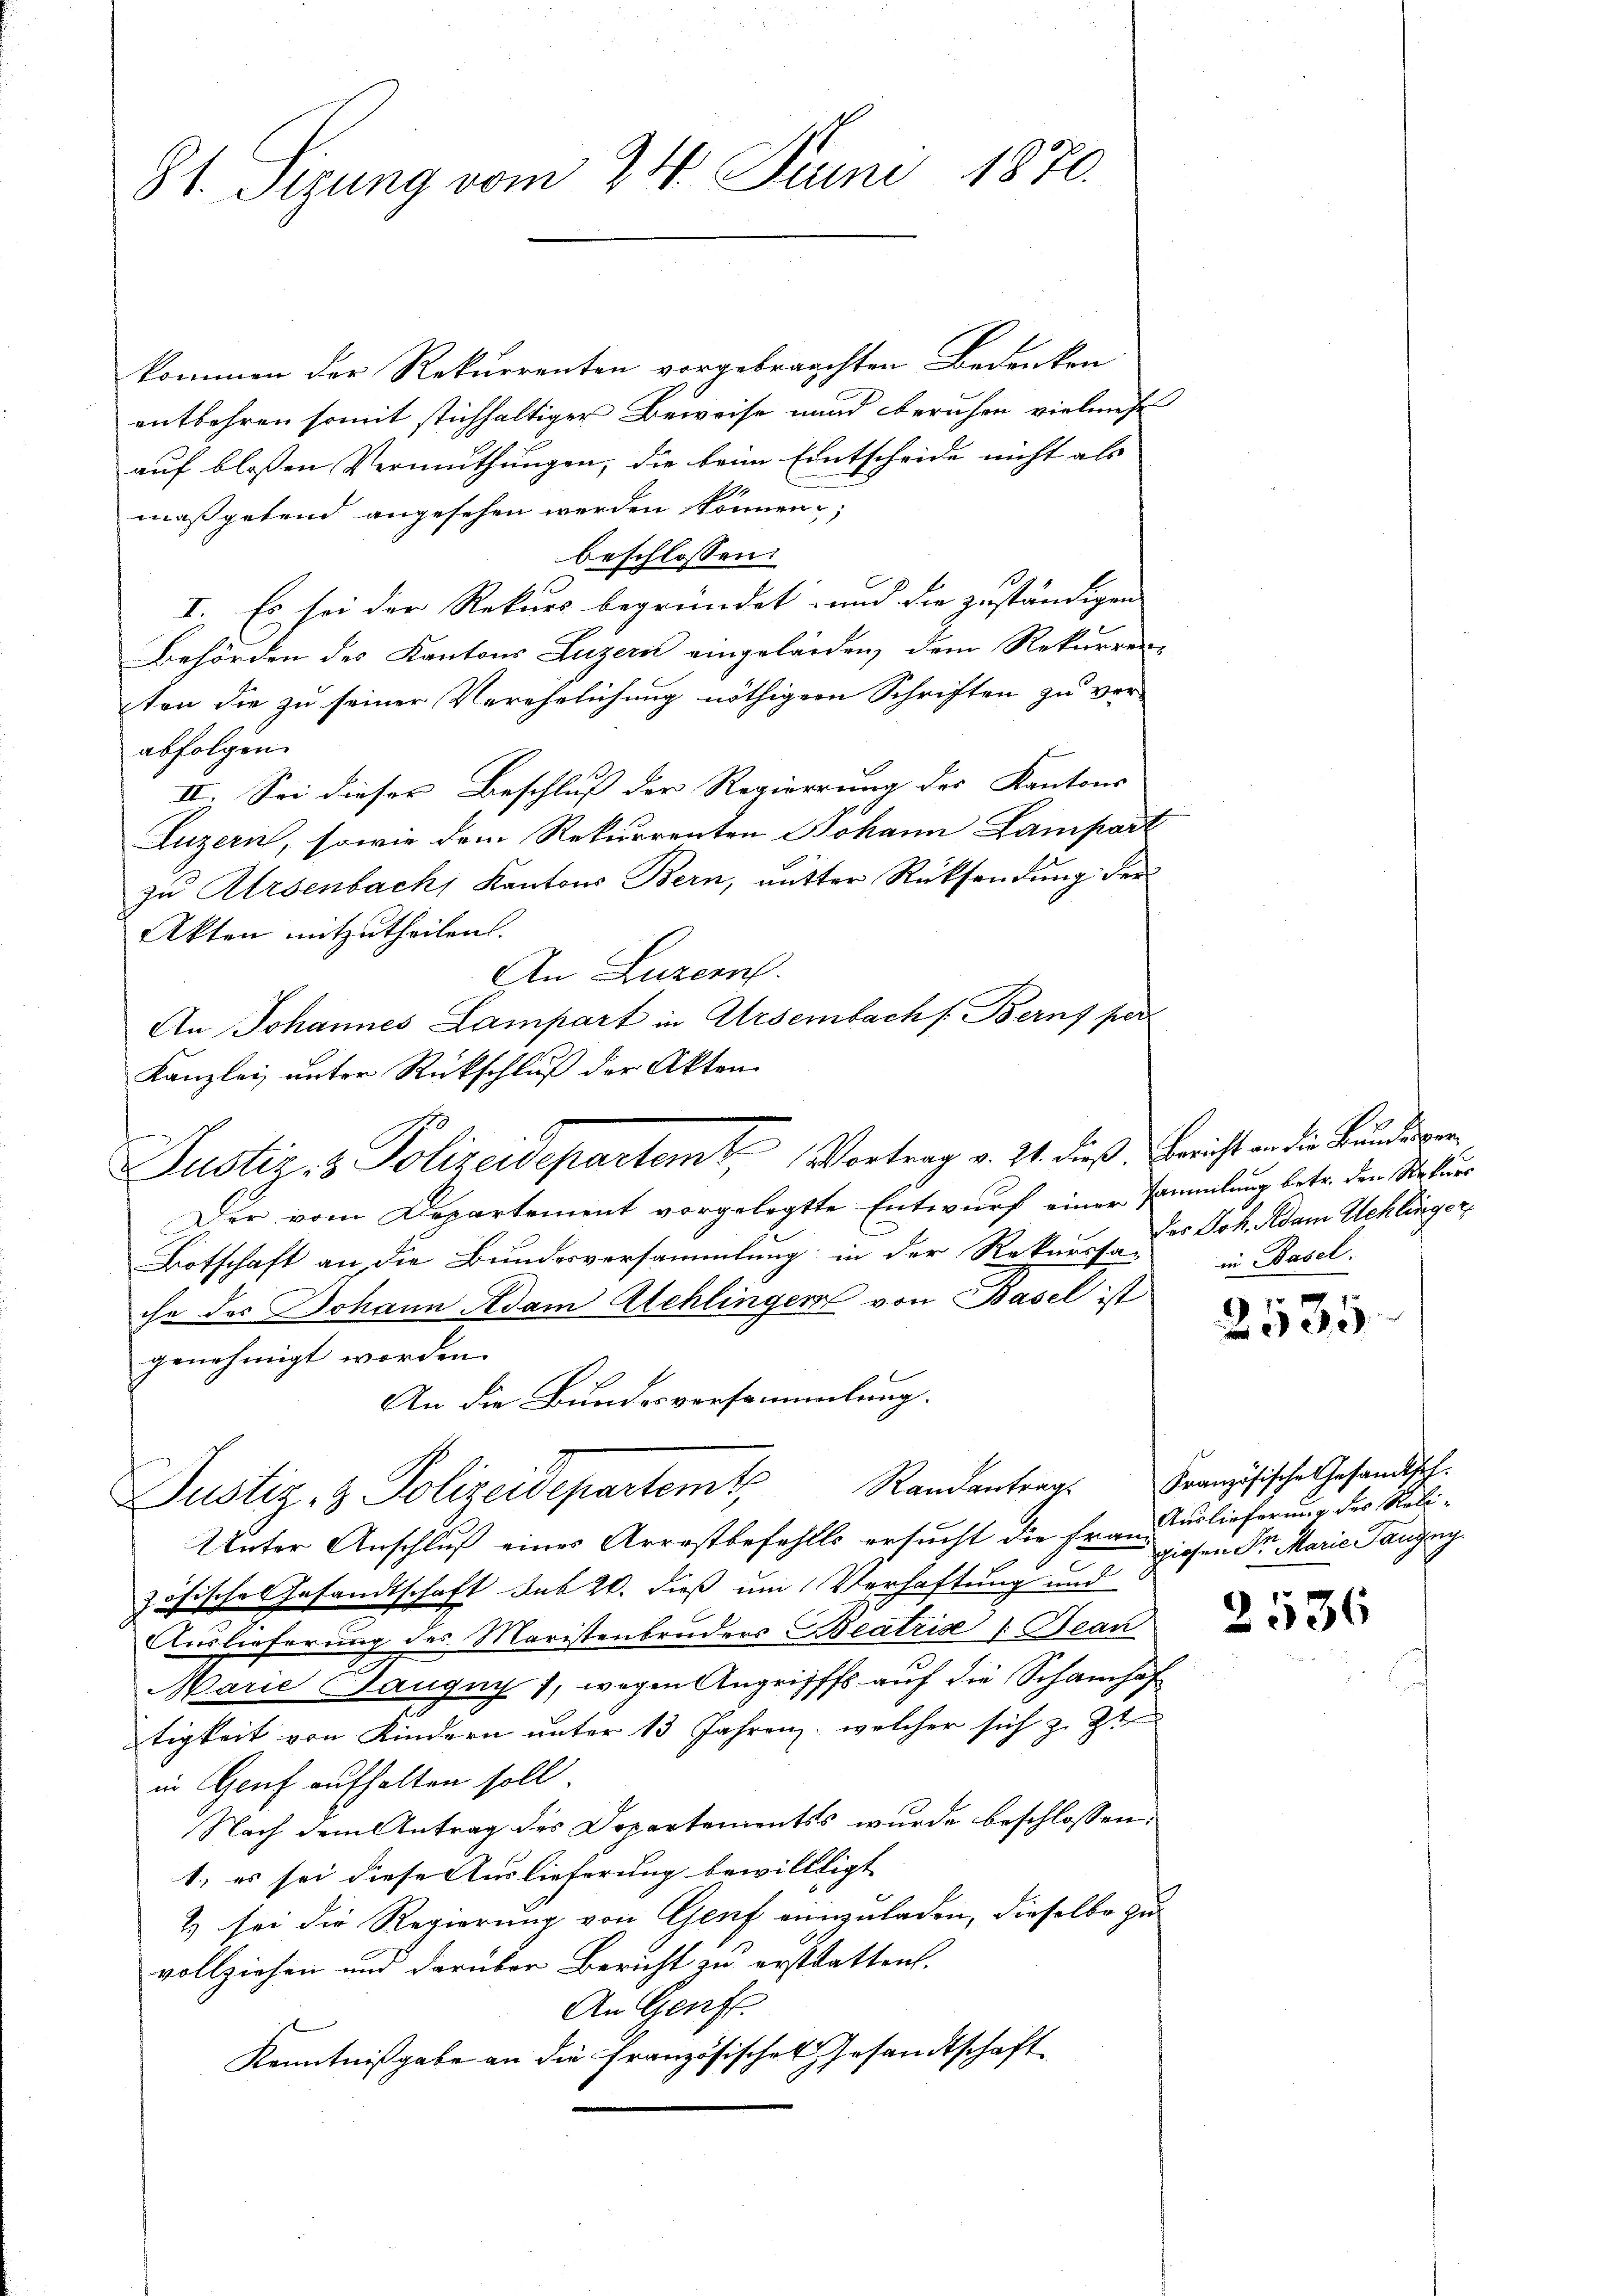
81. Sizung vom 24. Juni 1870.

kommen der Rekurrenten vorgebrauchten Bedenken
entbehren somit stichhaltiger Beweise und beruhen vielmehr
auf bloßen Vermuthungen, die beim Entscheide nicht als
maßgebend angesehen werden können;
beschlossen:
I. Es sei der Rekurs begründet und die zuständigen
Behörden des Kantons Luzern eingelanden, dem Rekurrenz
ten die zu seiner Verehelichung nöthiger Schriften zu ver-
abfolgen.
II. Sei dieser Beschluß der Regierung des Kantons
Luzern, sowie dem Rekurrenten Johann Lampart
zu Arsenbach, Kantons Bern, mutter Rücksendung der
Akten mitzutheilen.
An Luzern.
An Johannes Lampart in Arsenbach s. Berns per
Kanzlei unter Rückschluß der Akten
Der vom Departement vorgelegte Entwurf einer sammlung betr. den Rekurs
Botschaft an die Bundesversammlung in der Rekurssa des Joh. Adam Schlinger,
ihr des Johann Adam Alchlinger von Basel ist
genehmigt worden.
An die Bundesversammlung.
Justiz- & Polizeidepartement,
Unter Anschluß eines Arrestbefehlls ersucht die Frau erlieferung des Reli-
c
zösisches Gesandtschaft sub 20. dieß um Verhaftung und
Auslieferung des Maristenbruders Beatrise & Bean
Marie Saugny 7, wegen Angriffes auf die Schamhaf
tigkeit von Kindern unter 13 Jahren, welcher sich z. Zt.
in Genf aufhalten soll.
Nach dem Antrag des Departements wurde beschlossen:
1) es sei diese Auslieferung bewilltigt
2) sei die Regierung von Genf einzuladen, dieselbe zu
vollziehen und darüber Bericht zu erstatten.
An Genfe
Kenntnißgabe an die Französischen Gesandtschaft

Justiz- & Polizeidepartemt. Vortrag v. 24. dieß Bericht an die Bundesger

in Basel.

a
2503

Randantrag. Französische Gesandtsch
giosen Sr Marie Taugny.

2536